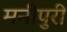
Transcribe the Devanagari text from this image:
मनीपुरी